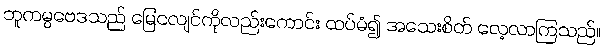
ဘူကမ္ပဗေဒသည် မြေငလျင်ကိုလည်းကောင်း ထပ်မံ၍ အသေးစိတ် လေ့လာကြသည်။